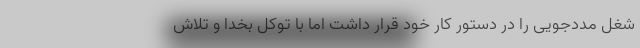
شغل مددجویی را در دستور کار خود قرار داشت اما با توکل بخدا و تلاش